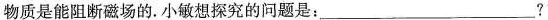
物质是能阻断磁场的。小敏想探究的问题是：___？